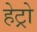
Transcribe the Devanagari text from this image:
हेट्रो